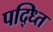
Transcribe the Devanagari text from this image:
पद्ध्‍ति